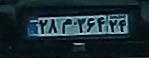
۲۸م۳۶۴۲۴